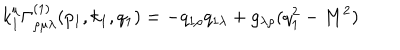
LaTeX: k _ { 1 } ^ { \mu } \Gamma _ { \rho \mu \lambda } ^ { ( 1 ) } ( p _ { 1 } , k _ { 1 } , q _ { 1 } ) = - q _ { 1 \rho } q _ { 1 \lambda } + g _ { \lambda \rho } ( q _ { 1 } ^ { 2 } - M ^ { 2 } )